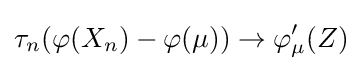
\tau _{n}(\varphi (X_{n})-\varphi (\mu ))\to \varphi _{\mu }'(Z)